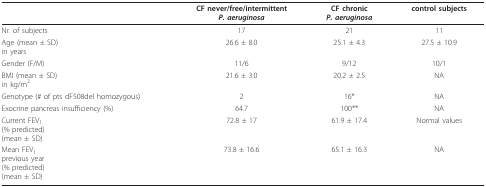
<table><thead><tr><td></td><td><b>CF never/free/intermittent <i>P. aeruginosa</i></b></td><td><b>CF chronic <i>P. aeruginosa</i></b></td><td><b>control subjects</b></td></tr></thead><tbody><tr><td>Nr. of subjects</td><td>17</td><td>21</td><td>11</td></tr><tr><td>Age (mean ± SD) in years</td><td>26.6 ± 8.0</td><td>25.1 ± 4.3</td><td>27.5 ± 10.9</td></tr><tr><td>Gender (F/M)</td><td>11/6</td><td>9/12</td><td>10/1</td></tr><tr><td>BMI (mean ± SD) in kg/m<sup>2</sup></td><td>21.6 ± 3.0</td><td>20.2 ± 2.5</td><td>NA</td></tr><tr><td>Genotype (# of pts dF508del homozygous)</td><td>2</td><td>16*</td><td>NA</td></tr><tr><td>Exocrine pancreas insufficiency (%)</td><td>64.7</td><td>100**</td><td>NA</td></tr><tr><td>Current FEV<sub>1 </sub>(% predicted) (mean ± SD)</td><td>72.8 ± 17</td><td>61.9 ± 17.4</td><td>Normal values</td></tr><tr><td>Mean FEV<sub>1 </sub>previous year(% predicted)(mean ± SD)</td><td>73.8 ± 16.6</td><td>65.1 ± 16.3</td><td>NA</td></tr></tbody></table>